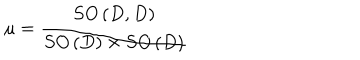
LaTeX: \mu = \frac { S O \left( D , D \right) } { S O \left( D \right) \times S O \left( D \right) }